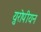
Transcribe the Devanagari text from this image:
य़ुरोपीयन